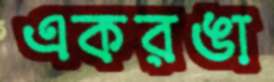
একরঙা